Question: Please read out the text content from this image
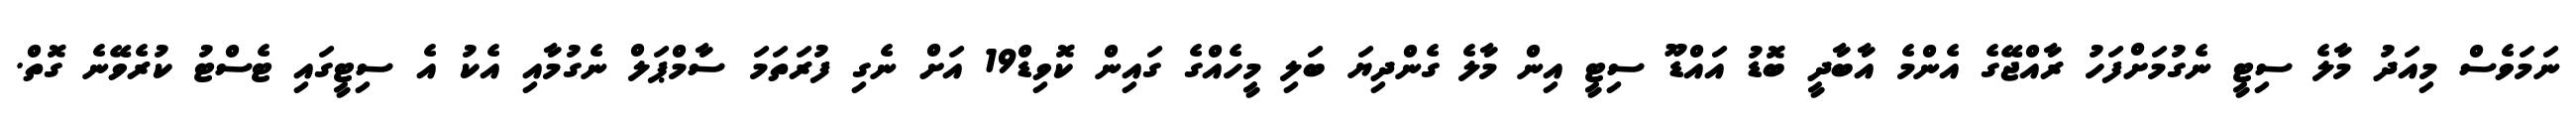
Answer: ނަމަވެސް މިއަދު މާލެ ސިޓީ ނެގުމަށްފަހު ރާއްޖޭގެ އެންމެ އާބާދީ ބޮޑު އައްޑޫ ސިޓީ އިން މާލެ ގެންދިޔަ ބަލި މީހެއްގެ ގައިން ކޮވިޑް19 އަށް ނެގި ފުރަތަމަ ސާމްޕަލް ނެގުމާއި އެކު އެ ސިޓީގައި ޓެސްޓު ކުރެވޭނެ ގޮތް.